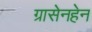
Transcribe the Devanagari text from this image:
ग्रासेनहेन